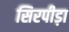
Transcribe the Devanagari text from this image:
सिरपीड़ा